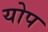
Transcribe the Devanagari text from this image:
योप